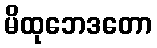
မိထုဘေဒတော